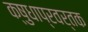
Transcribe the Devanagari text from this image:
क्षुधाप्रवर्तक